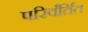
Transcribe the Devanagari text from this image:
परिर्वर्तित